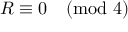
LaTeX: R \equiv 0 { \pmod { 4 } }